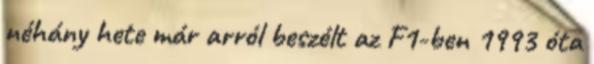
néhány hete már arról beszélt az F1-ben 1993 óta